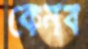
কেনব